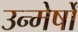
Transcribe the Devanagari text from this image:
उन्मेर्षों